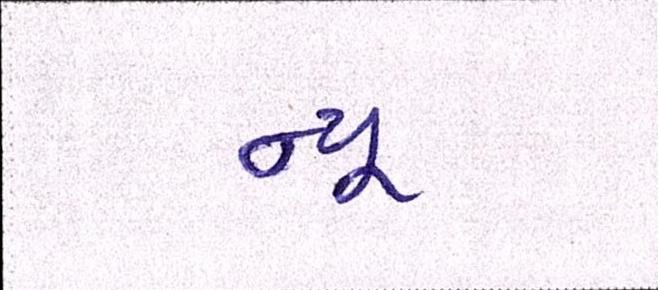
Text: ન્યૂ